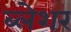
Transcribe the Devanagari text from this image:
ब्लेशर